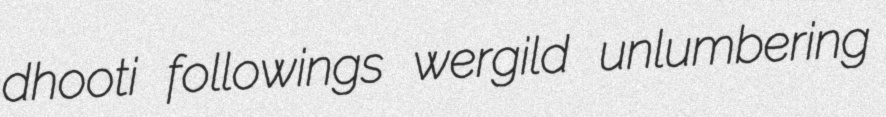
dhooti followings wergild unlumbering